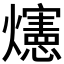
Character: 𪺅